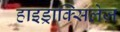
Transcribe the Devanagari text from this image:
हाइड्राक्सिलेज़